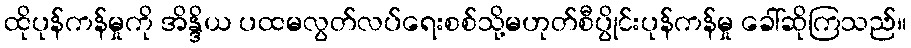
ထိုပုန်ကန်မှုကို အိန္ဒိယ ပထမလွတ်လပ်ရေးစစ်သို့မဟုတ်စီပွိုင်းပုန်ကန်မှု ခေါ်ဆိုကြသည်။